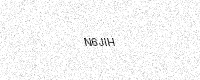
Text: N6JIH